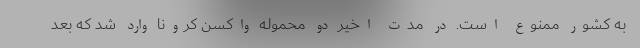
به کشور ممنوع است. در مدت اخیر دو محموله واکسن کرونا وارد شد که بعد